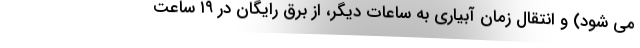
می شود) و انتقال زمان آبیاری به ساعات دیگر، از برق رایگان در ۱۹ ساعت